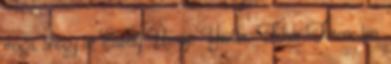
maga, ahogy az Estély Úrnője Yvette. Fehér Ferenc len.